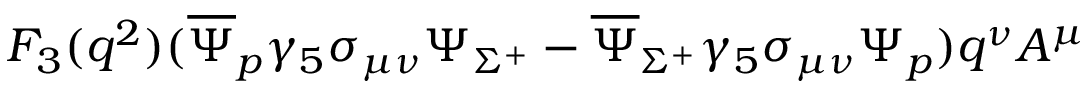
F _ { 3 } ( q ^ { 2 } ) ( \overline { { { \Psi } } } _ { p } \gamma _ { 5 } \sigma _ { \mu \nu } \Psi _ { \Sigma ^ { + } } - \overline { { { \Psi } } } _ { \Sigma ^ { + } } \gamma _ { 5 } \sigma _ { \mu \nu } \Psi _ { p } ) q ^ { \nu } A ^ { \mu }